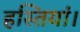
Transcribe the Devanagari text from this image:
हस्तियां।